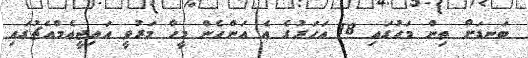
ބަނޑަށް ތިން މަހުގައި 18 އަހަރުގެ އެ އަންހެން މީހާ މަރުވީ އައިޖީއެމްއެޗުގައި